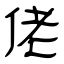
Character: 佬